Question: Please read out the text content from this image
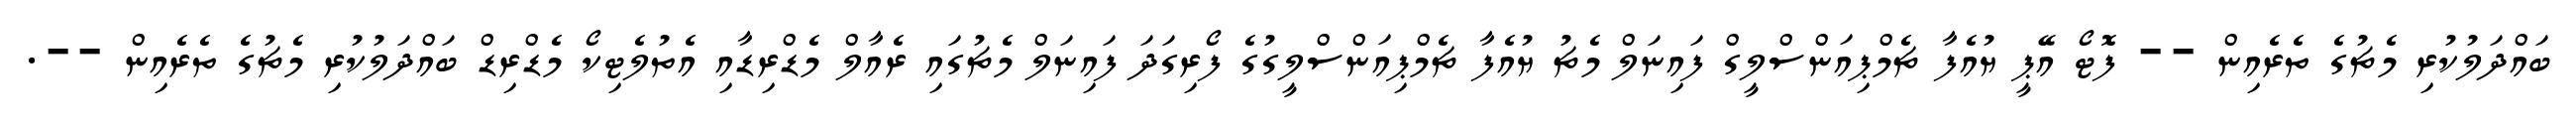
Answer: ބައްދަލުކުރި މެޗުގެ ތެރެއިން -- ފޮޓޯ އޭޕީ ޔުއެފާ ޗެމްޕިއަންސްލީގް ފައިނަލް މެޗު ޔުއެފާ ޗެމްޕިއަންސްލީގުގެ ފޯރިގަދަ ފައިނަލް މެޗުގައި ރެއާލް މެޑްރިޑާއި އެތުލެޓިކޯ މެޑްރިޑް ބައްދަލުކުރި މެޗުގެ ތެރެއިން --.